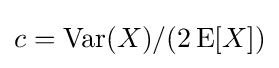
c=\operatorname {Var} (X)/(2\operatorname {E} [X])